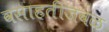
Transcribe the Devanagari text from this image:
वसाहतीजवळ